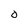
Character: O